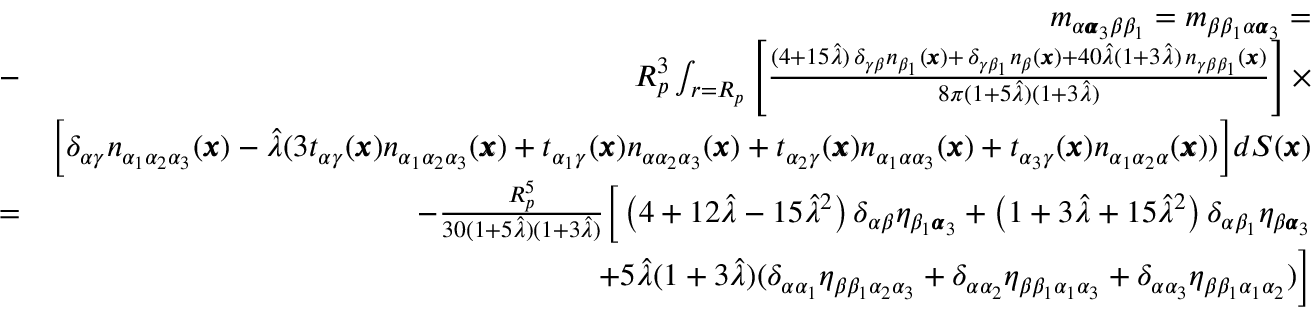
\begin{array} { r l r } & { } & { m _ { \alpha { \pmb \alpha } _ { 3 } \beta \beta _ { 1 } } = m _ { \beta \beta _ { 1 } \alpha { \pmb \alpha } _ { 3 } } = } \\ & { - } & { R _ { p } ^ { 3 } \int _ { r = R _ { p } } \left[ \frac { ( 4 + 1 5 \hat { \lambda } ) \, \delta _ { \gamma \beta } n _ { \beta _ { 1 } } ( { \pmb x } ) + \, \delta _ { \gamma \beta _ { 1 } } n _ { \beta } ( { \pmb x } ) + 4 0 \hat { \lambda } ( 1 + 3 \hat { \lambda } ) \, n _ { \gamma \beta \beta _ { 1 } } ( { \pmb x } ) } { 8 \pi ( 1 + 5 \hat { \lambda } ) ( 1 + 3 \hat { \lambda } ) } \right] \times } \\ & { } & { \bigg [ \delta _ { \alpha \gamma } n _ { \alpha _ { 1 } \alpha _ { 2 } \alpha _ { 3 } } ( { \pmb x } ) - \hat { \lambda } ( 3 t _ { \alpha \gamma } ( { \pmb x } ) n _ { \alpha _ { 1 } \alpha _ { 2 } \alpha _ { 3 } } ( { \pmb x } ) + t _ { \alpha _ { 1 } \gamma } ( { \pmb x } ) n _ { \alpha \alpha _ { 2 } \alpha _ { 3 } } ( { \pmb x } ) + t _ { \alpha _ { 2 } \gamma } ( { \pmb x } ) n _ { \alpha _ { 1 } \alpha \alpha _ { 3 } } ( { \pmb x } ) + t _ { \alpha _ { 3 } \gamma } ( { \pmb x } ) n _ { \alpha _ { 1 } \alpha _ { 2 } \alpha } ( { \pmb x } ) ) \bigg ] d S ( { \pmb x } ) } \\ & { = } & { - \frac { R _ { p } ^ { 5 } } { 3 0 ( 1 + 5 \hat { \lambda } ) ( 1 + 3 \hat { \lambda } ) } \bigg [ \left( 4 + 1 2 \hat { \lambda } - 1 5 \hat { \lambda } ^ { 2 } \right) \delta _ { \alpha \beta } \eta _ { \beta _ { 1 } { \pmb \alpha } _ { 3 } } + \left( 1 + 3 \hat { \lambda } + 1 5 \hat { \lambda } ^ { 2 } \right) \delta _ { \alpha \beta _ { 1 } } \eta _ { \beta { \pmb \alpha } _ { 3 } } } \\ & { } & { + 5 \hat { \lambda } ( 1 + 3 \hat { \lambda } ) ( \delta _ { \alpha \alpha _ { 1 } } \eta _ { \beta \beta _ { 1 } \alpha _ { 2 } \alpha _ { 3 } } + \delta _ { \alpha \alpha _ { 2 } } \eta _ { \beta \beta _ { 1 } \alpha _ { 1 } \alpha _ { 3 } } + \delta _ { \alpha \alpha _ { 3 } } \eta _ { \beta \beta _ { 1 } \alpha _ { 1 } \alpha _ { 2 } } ) \bigg ] } \end{array}